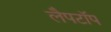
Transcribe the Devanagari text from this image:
लैपटाॅप